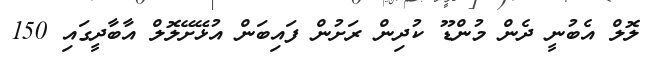
ލޮލް އެބުނީ ދެން މުންޑޫ ކުދިން ރަށުން ފައިބަން އުޅޭށޭލޮލް އާބާދީގައި 150